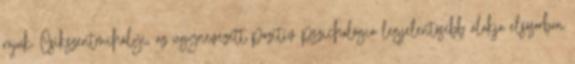
rájuk. Csíkszentmihályi, az úgynevezett pozitív pszichológia legjelentősebb alakja elsősorban